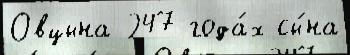
Овцына 247 года́х сы́на